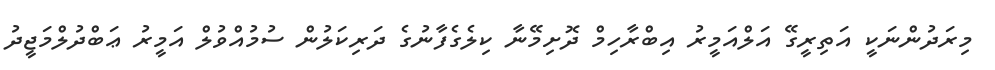
މިރަދުންނަކީ އަތިރީގޭ އަލްއަމީރު އިބްރާހިމް ދޮށިމޭނާ ކިލެގެފާނުގެ ދަރިކަލުން ސުމުއްވުލް އަމީރު ޢަބްދުލްމަޖީދު